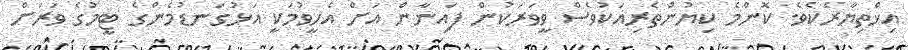
އިޚްތިޔާރެކެވެ. ކޮންމެ ކިޔުންތެރިއަކުވެސް ވީވަރަކުން ފައިނާން އަށް އެހީވުމަކީ އަޅުގަނޑުމެންގެ ޓީމުގެ ވަރަށް